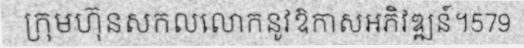
ក្រុមហ៊ុនសកលលោកនូវឱកាសអភិវឌ្ឍន៍។579